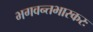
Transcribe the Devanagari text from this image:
भगवन्तभास्करः